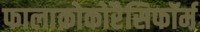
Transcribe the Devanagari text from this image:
फालाक्रोकोरैसिफॉर्म